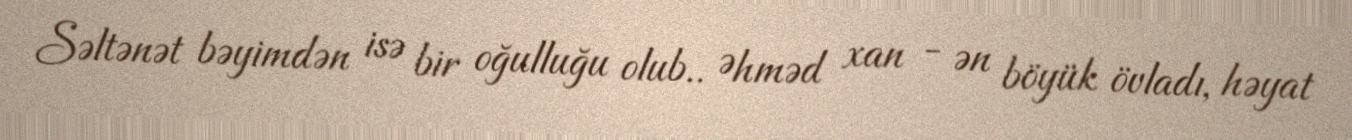
Səltənət bəyimdən isə bir oğulluğu olub.. Əhməd xan - ən böyük övladı, həyat